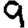
Digit: 9